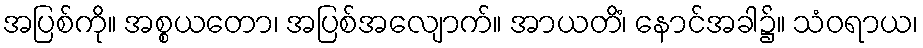
အပြစ်ကို။ အစ္စယတော၊ အပြစ်အလျောက်။ အာယတိံ၊ နောင်အခါ၌။ သံဝရာယ၊